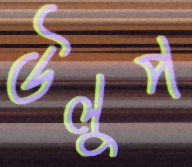
উলুপ